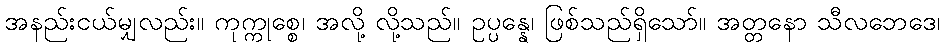
အနည်းငယ်မျှလည်း။ ကုက္ကုစ္စေ၊ အလို့ လို့သည်။ ဥပ္ပန္နေ၊ ဖြစ်သည်ရှိသော်။ အတ္တနော သီလဘေဒေ၊